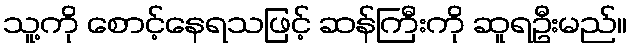
သူ့ကို စောင့်နေရသဖြင့် ဆန်ကြီးကို ဆူရဦးမည်။